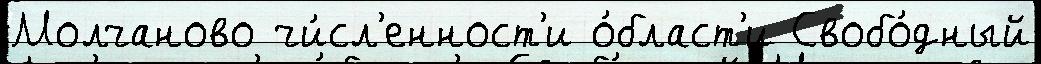
Молчаново чи́сл'енност'и о́бласт'и Свобо́дный